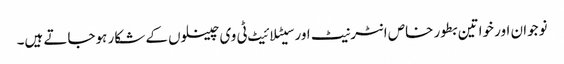
نوجوان اور خواتین بطور خاص انٹرنیٹ اور سیٹلائیٹ ٹی وی چینلوں کے شکار ہوجاتے ہیں۔